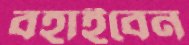
বহাইবেন